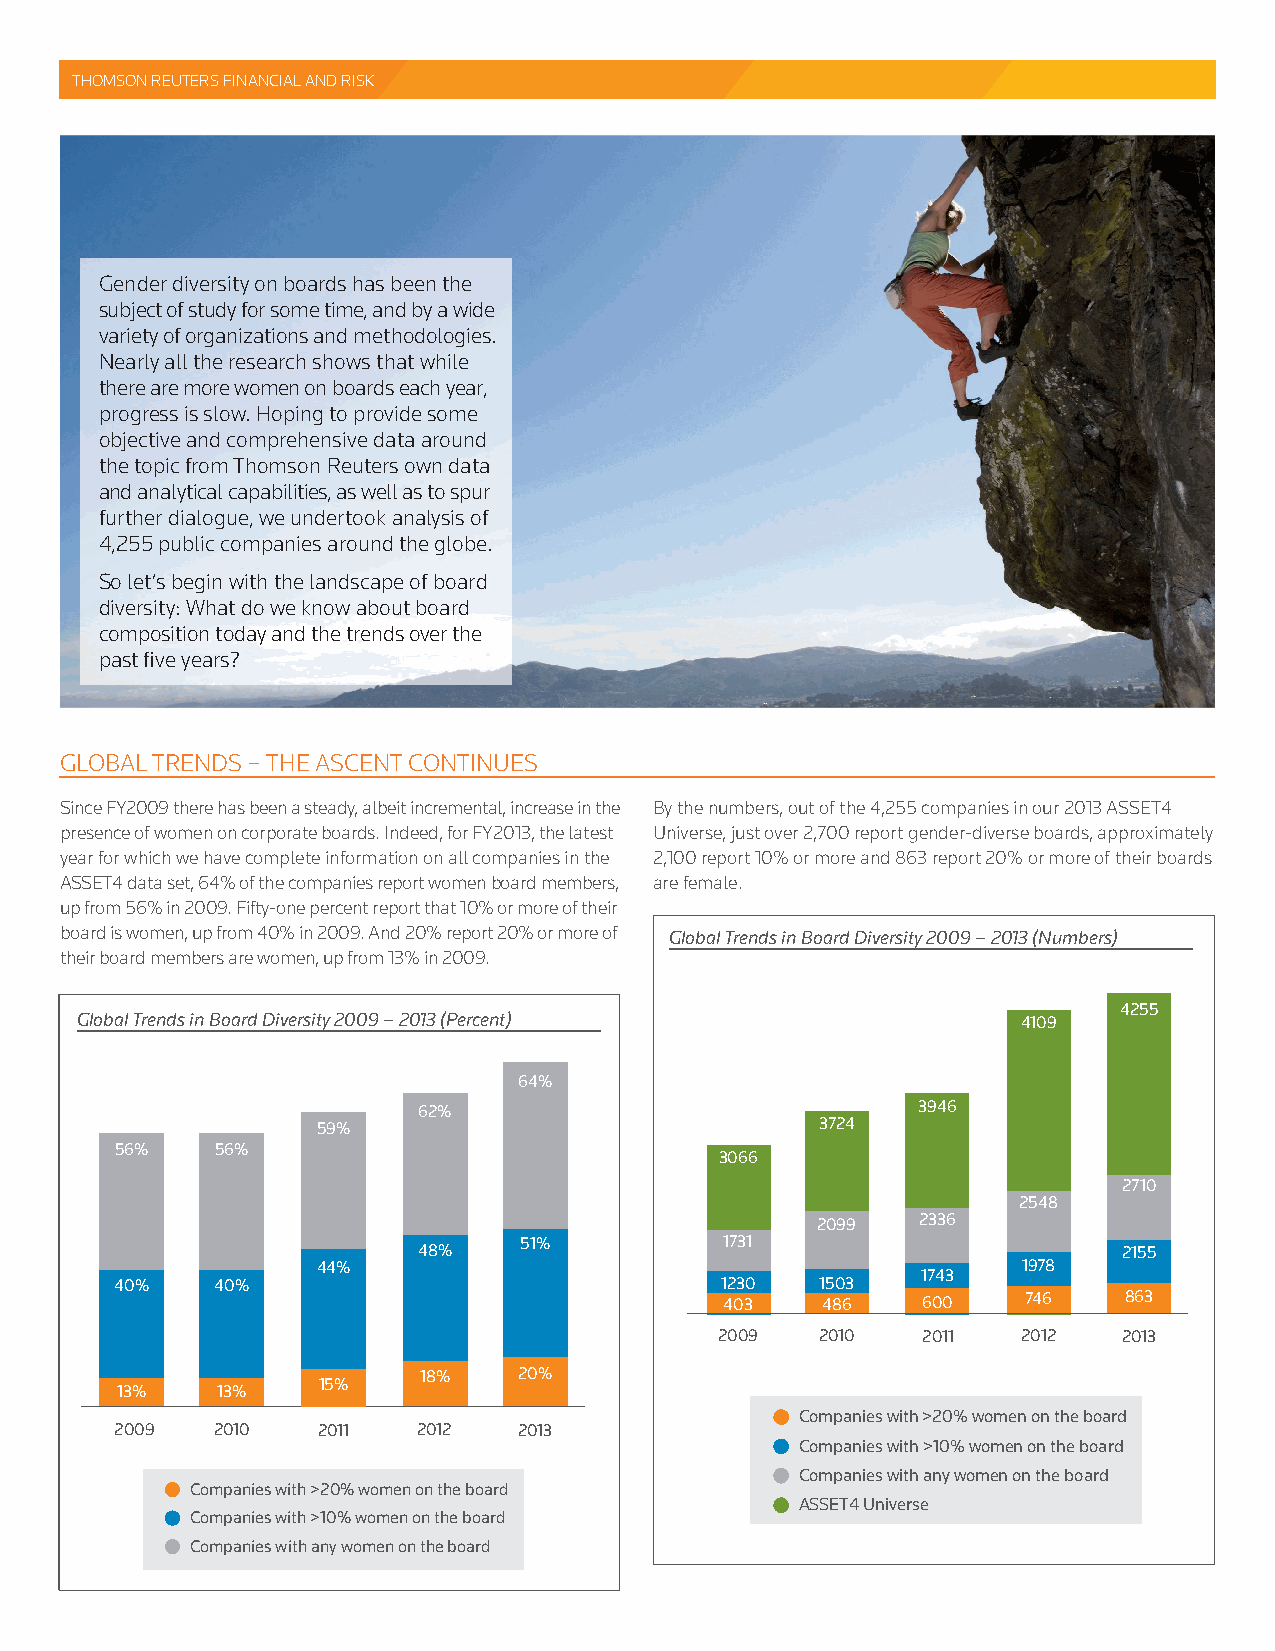
THOMSON REUTERS FINANCIAL AND RISK
 Gender diversity on boards has been the
 subject of study for some time, and by a wide
 variety of organizations and methodologies.
 Nearly all the research shows that while
 there are more women on boards each year,
 progress is slow. Hoping to provide some
 objective and comprehensive data around
 the topic from Thomson Reuters own data
 and analytical capabilities, as well as to spur
 further dialogue, we undertook analysis of
 4,255 public companies around the globe.
 So let’s begin with the landscape of board
 diversity: What do we know about board
 composition today and the trends over the
 past fi ve years?
 GLOBAL TRENDS – THE ASCENT CONTINUES
 Since FY2009 there has been a steady, albeit incremental, increase in the By the numbers, out of the 4,255 companies in our 2013 ASSET4
 presence of women on corporate boards. Indeed, for FY2013, the latest Universe, just over 2,700 report gender-diverse boards, approximately
 year for which we have complete information on all companies in the 2,100 report 10% or more and 863 report 20% or more of their boards
 ASSET4 data set, 64% of the companies report women board members, are female.
 up from 56% in 2009. Fifty-one percent report that 10% or more of their
 board is women, up from 40% in 2009. And 20% report 20% or more of Global Trends in Board Diversity 2009 – 2013 (Numbers)
 their board members are women, up from 13% in 2009.
 4255
 Global Trends in Board Diversity 2009 – 2013 (Percent)         4109
 64%
 62%                              3946
 59%                              3724
 56%   56%
 3066
 2710
 2548
 2099   2336
 51%           1731
 48%                                           2155
 44%                                            1978
 1743
 40%   40%                               1230  1503
 403   486    600    746   863
 2009  2010   2011   2012  2013
 18%   20%
 15%
 13%   13%
 Companies with >20% women on the board
 2009  2010   2011   2012  2013
 Companies with >10% women on the board
 Companies with any women on the board
 Companies with >20% women on the board
 ASSET4 Universe
 Companies with >10% women on the board
 Companies with any women on the board